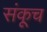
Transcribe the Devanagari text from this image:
संकूच